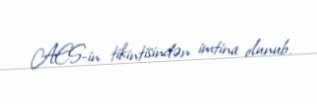
AES-in tikintisindən imtina olunub.